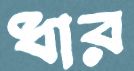
ধার